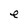
Character: e